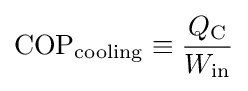
\mathrm {COP} _{\mathrm {cooling} }\equiv {\frac {Q_{\rm {C}}}{W_{\rm {in}}}}